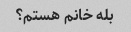
بله خانم هستم؟